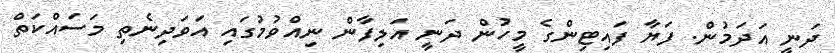
ދަނީ އަދަމުން. ފަޔާ ފައިޓިންގެ މީހުން ދަނީ އަލިފާން ނިއްވުމުގައި އަވަދިނެތި މަސައްކަތް